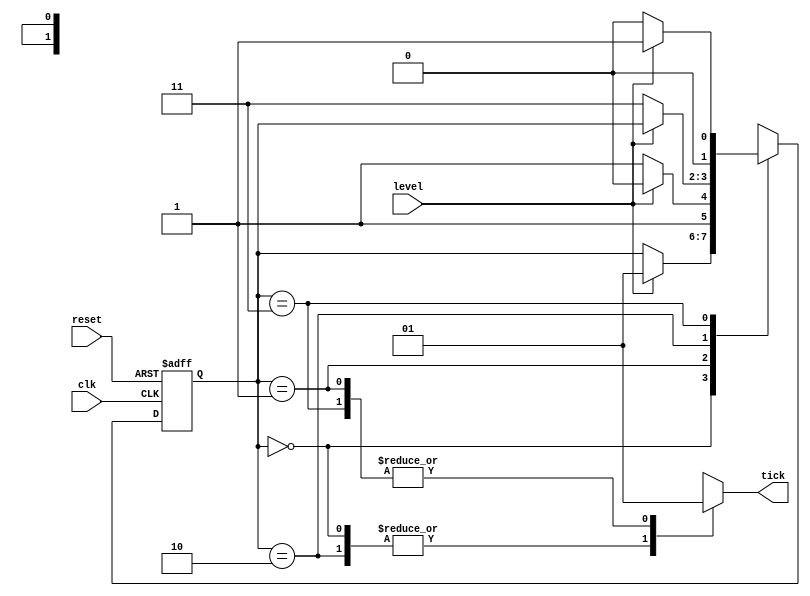
`timescale 1ns / 1ps
//////////////////////////////////////////////////////////////////////////////////
// Company: 
// Engineer: 
// 
// Design Name: 
// Module Name: dual_edge_detector_moore
// Project Name: 
// Target Devices: 
// Tool Versions: 
// Description: 
// 
// Dependencies: 
// 
// Revision:
// Revision 0.01 - File Created
// Additional Comments:
// 
//////////////////////////////////////////////////////////////////////////////////


module dual_edge_detector_moore(
    input clk, reset,
    input level,
    output reg tick
    );
    
    //assigns state names to bit values for case statement
    localparam [1:0] zero = 2'b00, 
                     rise = 2'b01, 
                     one  = 2'b10, 
                     fall = 2'b11;
                     
    reg [1:0] state_reg, state_next;
                 
    //D FF 
    always @(posedge clk, posedge reset)
        if(reset)
            state_reg = zero;
        else
            state_reg = state_next;
            
    //Next state logic and output logic
    always @*
        begin
            tick = 1'b0;  //default off since rising/falling edge will happen less often
            case(state_reg)
                zero: state_next = level ? rise : state_reg;
                rise:
                    begin
                        tick = 1'b1;
                        state_next = level ? one : fall;
                    end
                one: state_next = level ? state_reg : fall;
                fall: 
                    begin
                        tick = 1'b1;
                        state_next = level ? rise : zero;
                    end
            endcase
        end
        
endmodule